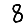
Digit: 8